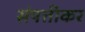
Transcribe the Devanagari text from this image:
संपत्तीकर